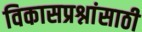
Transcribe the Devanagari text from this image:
विकासप्रश्नांसाठी